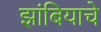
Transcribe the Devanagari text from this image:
झांबियाचे